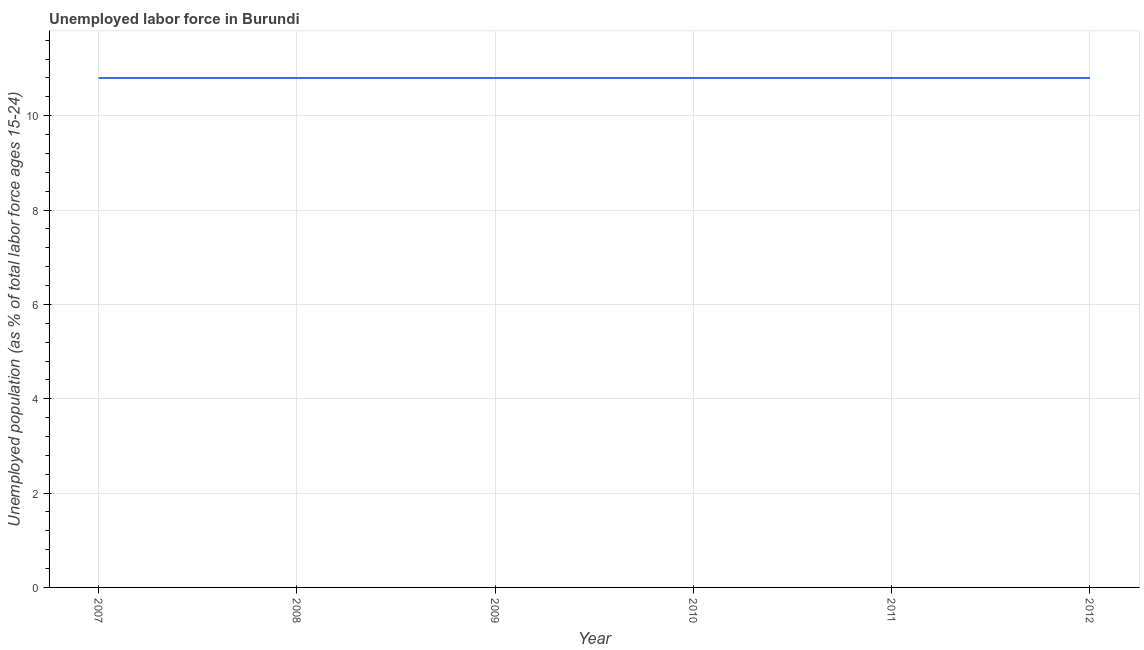
| Year | Unemployment |
 | --- | --- |
 | 2007 | 10.8 |
 | 2008 | 10.8 |
 | 2009 | 10.8 |
 | 2010 | 10.8 |
 | 2011 | 10.8 |
 | 2012 | 10.8 |